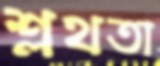
শ্লথতা